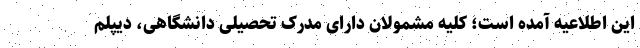
این اطلاعیه آمده است؛ کلیه مشمولان دارای مدرک تحصیلی دانشگاهی، دیپلم